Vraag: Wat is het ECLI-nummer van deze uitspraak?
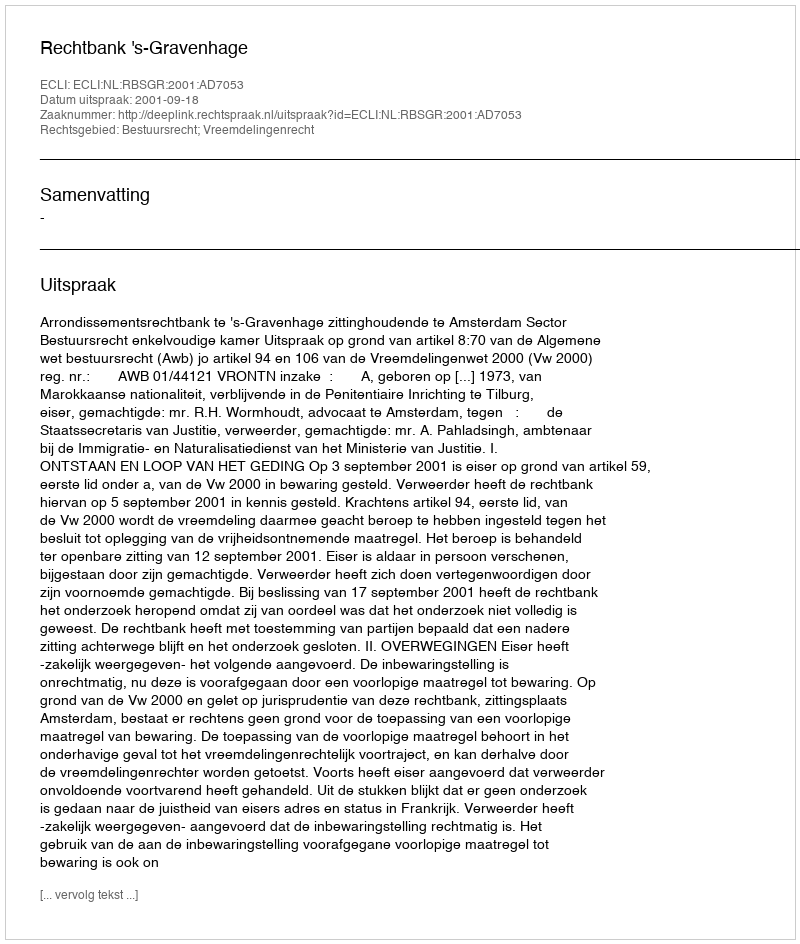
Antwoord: ECLI:NL:RBSGR:2001:AD7053